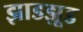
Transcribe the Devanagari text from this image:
झाडझूड